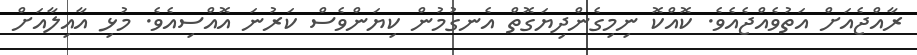
ރާއްޖެއަށް އަތުވެއްޖެއެވެ. ކޮއްކޮ ނިމިގެންދިޔަގޮތް އެނގުމުން ކިޔަންވެސް ކަރުނަ އޮއްސިއެވެ. މުޅި އާއިލާއަށް